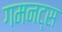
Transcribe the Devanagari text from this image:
गमनट्स